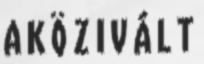
A K Ö Z I V Á L T